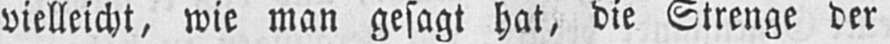
vielleicht, wie man gesagt hat, die Strenge der